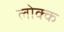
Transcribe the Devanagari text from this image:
लोक्क